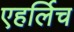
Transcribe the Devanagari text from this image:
एहर्लिच